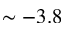
\sim - 3 . 8